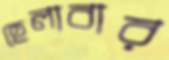
হেলাবার